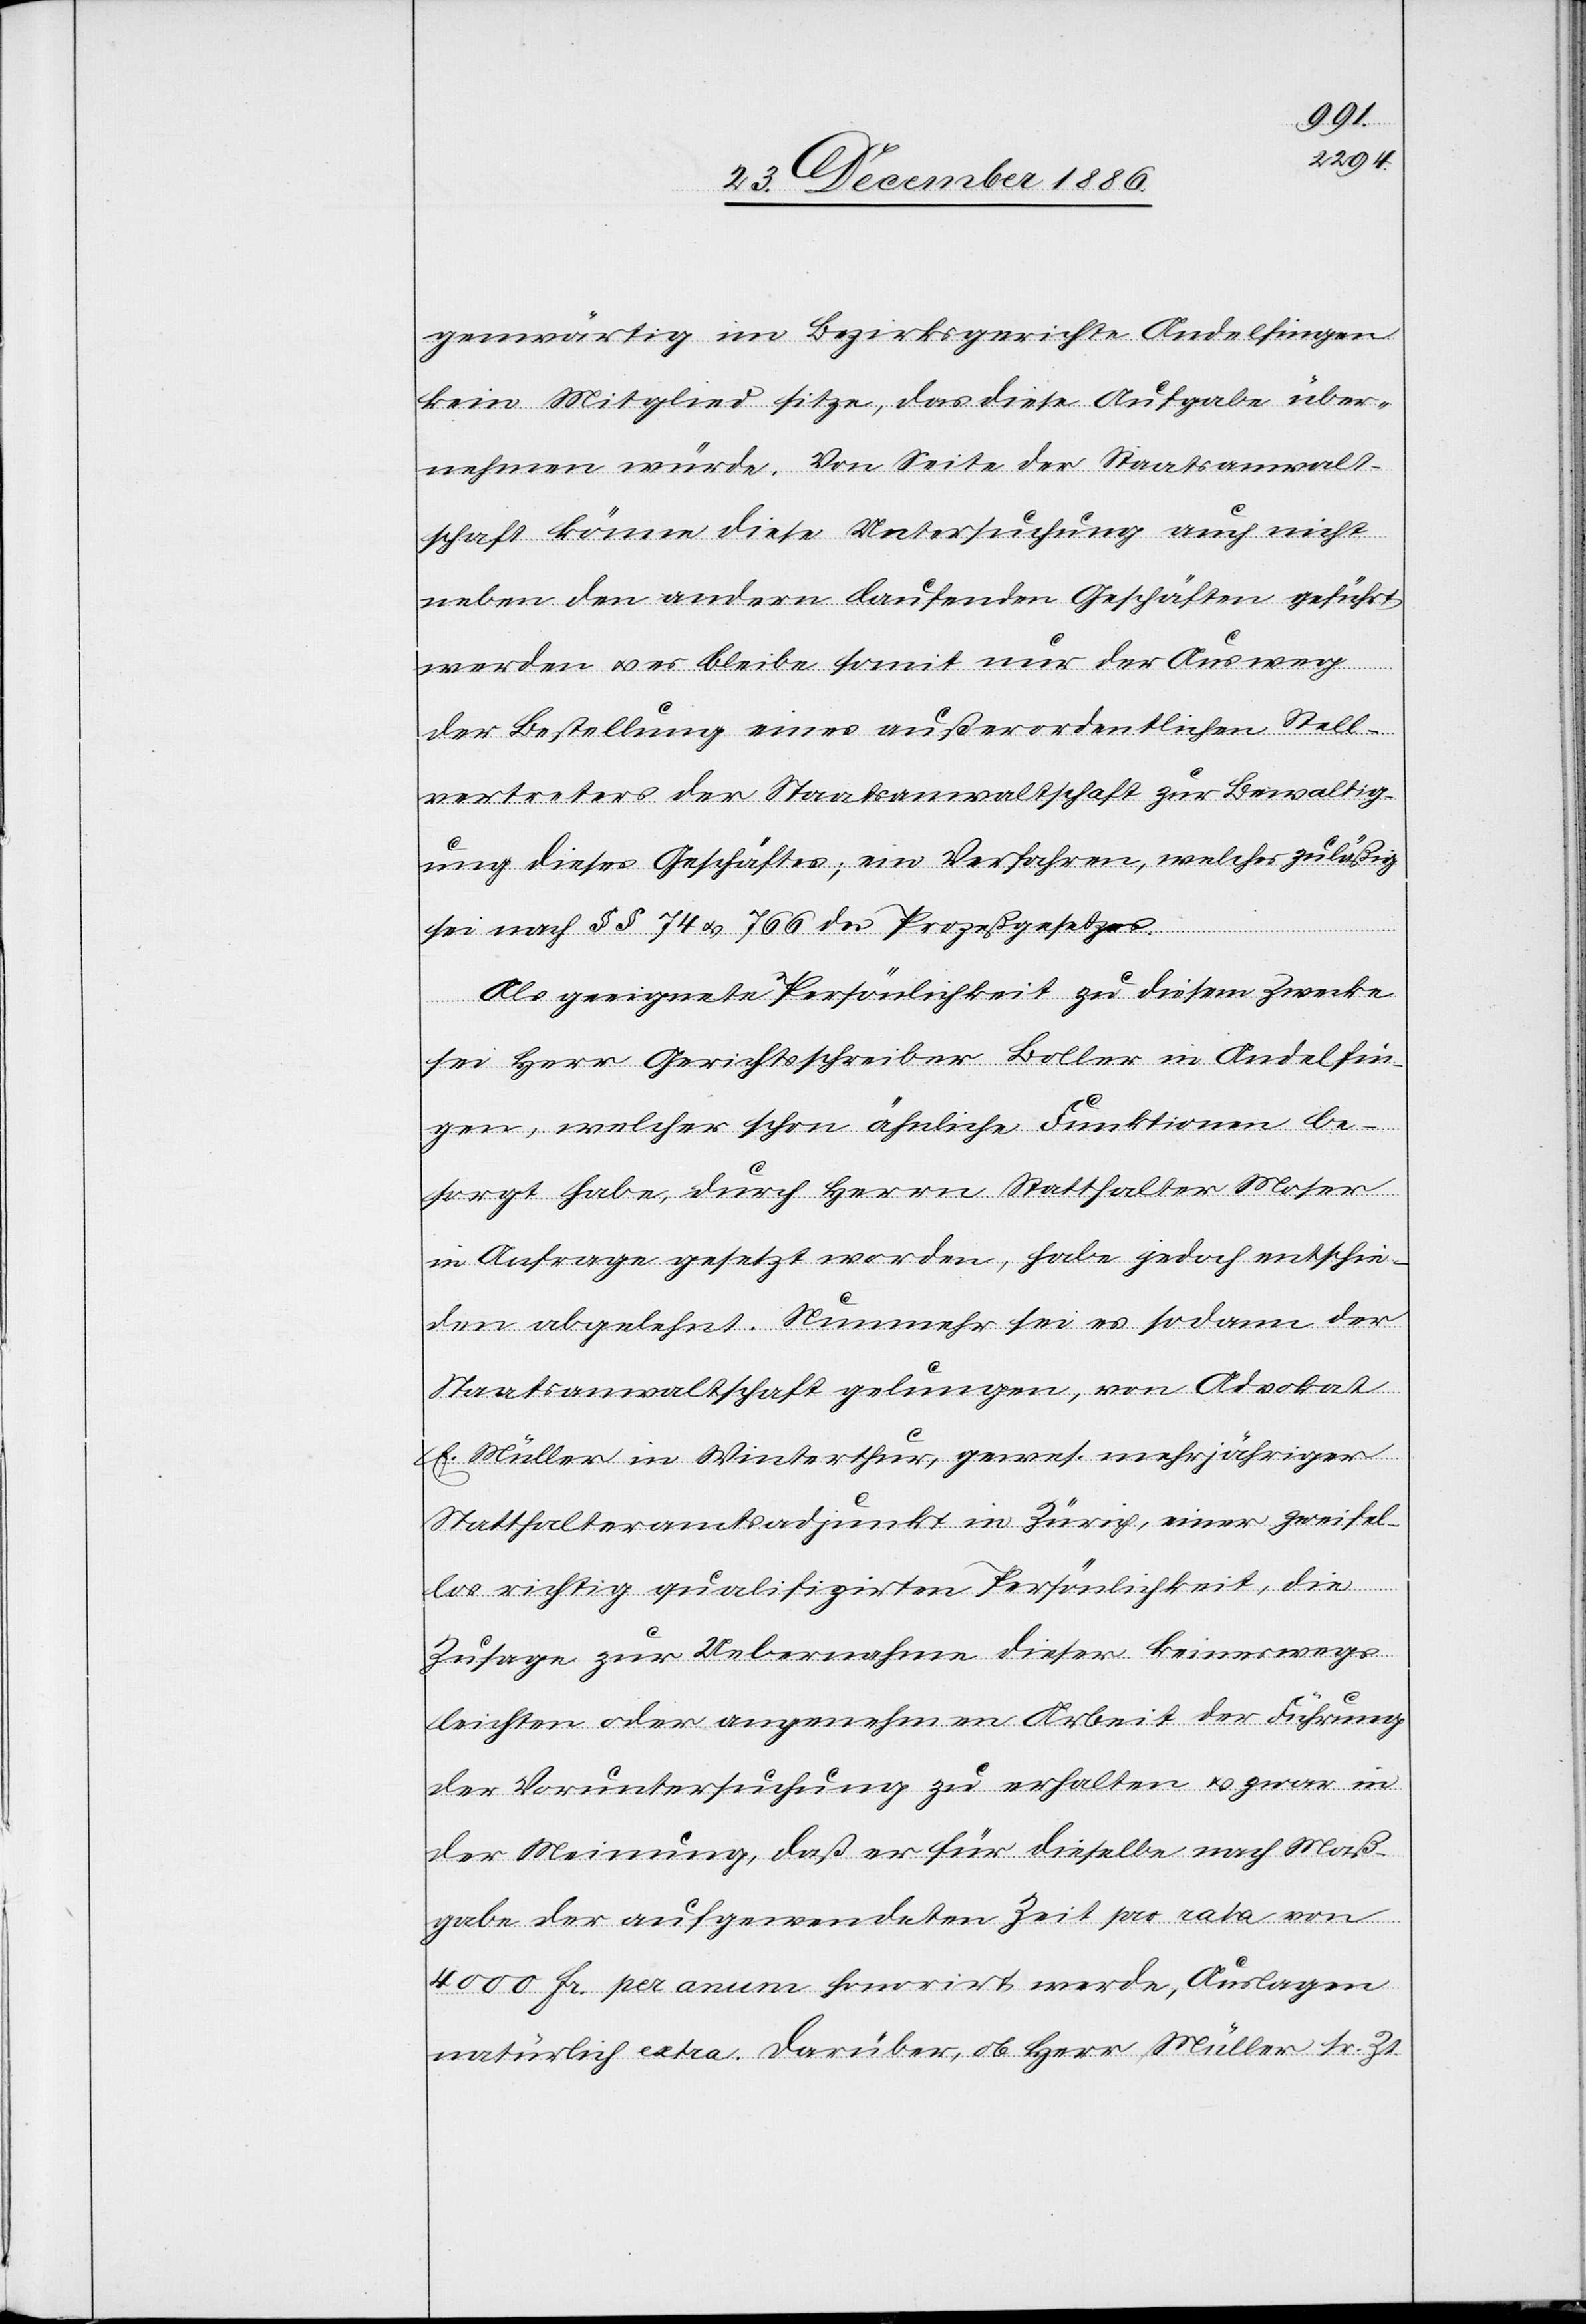
gewärtig im Bezirksgerichte Andelfingen
kein Mitglied sitze, das diese Aufgabe über¬
nehmen würde. Von Seite der Staatsanwalt¬
schaft könne diese Untersuchung auch nicht
neben den andern laufenden Geschäften geführt
werden & es bleibe somit nur der Ausweg
[si¬
der Bestellung eines außerordentlichen Stell¬
vertreters der Staatsanwaltschaft zur Bewaltig¬
c!] dieses Geschäftes; ein Verfahren, welches zuläßig
sei nach §§ 74 & 766 des Prozeßgesetzes.
Als geeignete Persönlichkeit zu diesem Zwecke
sei Herr Gerichtsschreiber Boller in Andelfin¬
gen, welcher schon ähnliche Funktionen be¬
sorgt habe, durch Herrn Statthalter Moser
in Anfrage gesetzt worden, habe jedoch entschie¬
den abgelehnt. Nunmehr sei es sodann der
Staatsanwaltschaft gelungen, von Advokat
E. Müller in Winterthur, gewes. mehrjähriger
Statthalteramtsadjunkt in Zürich, einer zweifel¬
los richtig qualifizirten Persönlichkeit, die
Zusage zur Uebernahme dieser keineswegs
leichten oder angenehmen Arbeit der Führung
der Voruntersuchung zu erhalten & zwar in
der Meinung, daß er für dieselbe nach Maß¬
gabe der aufgewendeten Zeit pro rata von
4000 Fr. per anum honorirt werde, Auslagen
natürlich extra. Darüber, ob Herr Müller sr. Zt.